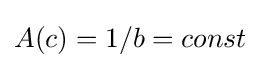
A(c)=1/b=const